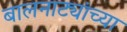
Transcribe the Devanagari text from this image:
बालनाट्यांच्या